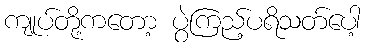
ကျုပ်တို့ကတော့ ပွဲကြည့်ပရိသတ်ပေါ့